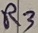
Text: R3